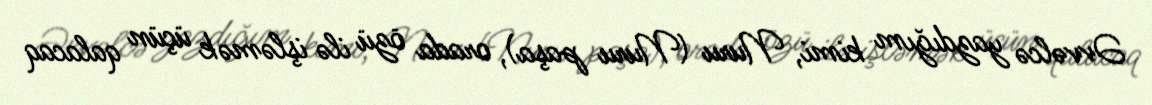
Əvvəlcə yazdığım kimi, Nuru (Nuru paşa), orada özü ilə işləmək üçün qalacaq